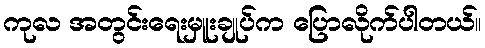
ကုလ အတွင်းရေးမှူးချုပ်က ပြောလိုက်ပါတယ်။